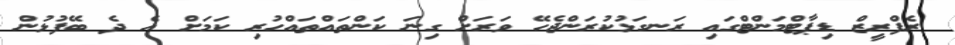
ރެފްރީޒް ޑިޕާޓްމަންޓްގައި ރަނގަޅުކުރަންޖެހޭ ވަރަށް ގިނަ ކަންތައްތައްހުރި ކަމަށް އެ ދެ ބޭފުޅުން